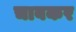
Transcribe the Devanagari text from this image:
चाबकर